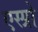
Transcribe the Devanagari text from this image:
एस्प्रो